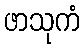
ဖာသုကံ